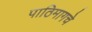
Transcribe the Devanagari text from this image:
पाठिमागचे